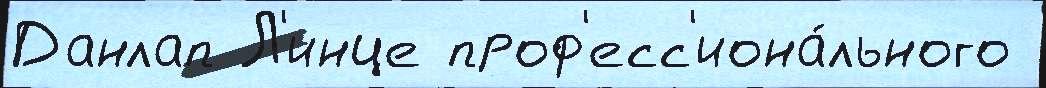
Данлап Л'инце проф'есс'иона́льного